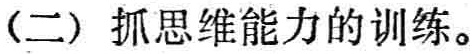
（二）抓思维能力的训练。